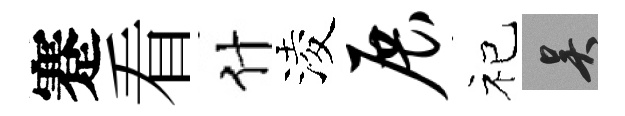
蹇看什淩展祀吴